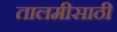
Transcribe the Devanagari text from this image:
तालमीसाठी